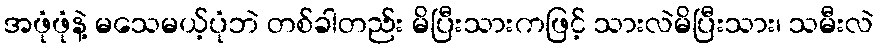
အဖုံဖုံနဲ့ မသေမယ့်ပုံဘဲ တစ်ခါတည်း မိပြီးသားကဖြင့် သားလဲမိပြီးသား၊ သမီးလဲ